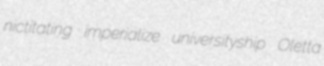
nictitating imperialize universityship Oletta